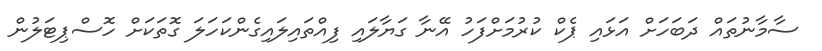
ސާމާނުތައް ދަބަހަށް އަޅައި ޕެކް ކުރުމަށްފަހު އޭނާ ގަޔާލައި ފިއްތައިލައިގެންކަހަލަ ގޮތަކަށް ހޮސްޕިޓަލުން